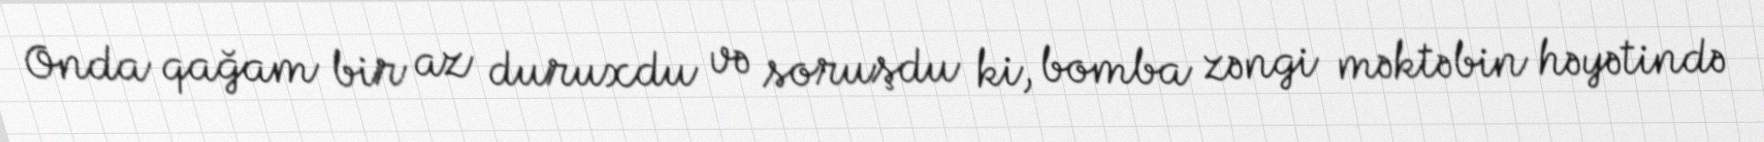
Onda qağam bir az duruxdu və soruşdu ki, bomba zəngi məktəbin həyətində